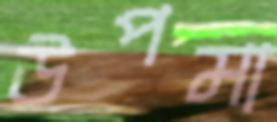
উপমা